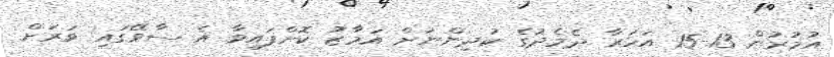
އުމުރުން 13-15 އަހަރާ ދެމެދުގެ ކުދިންނަށް އަމާޒު ކޮށްފައިވާ އެ ސާވޭގައި ވަރަށް